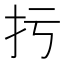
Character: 扝